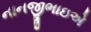
નાનજીભાઇએ